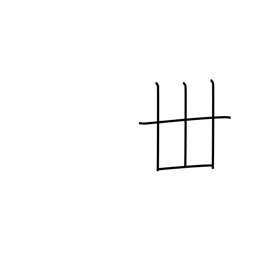
Meaning: thirty